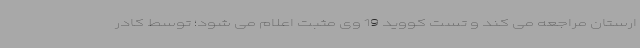
ارستان مراجعه می کند و تست کووید 19 وی مثبت اعلام می شود؛ توسط کادر